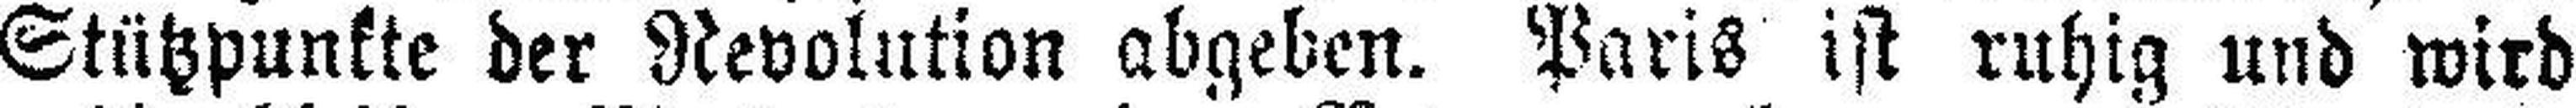
Stützpunkte der Revolution abgeben. Paris ist ruhig und wird